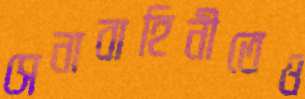
সেনাবাহিনীতেও